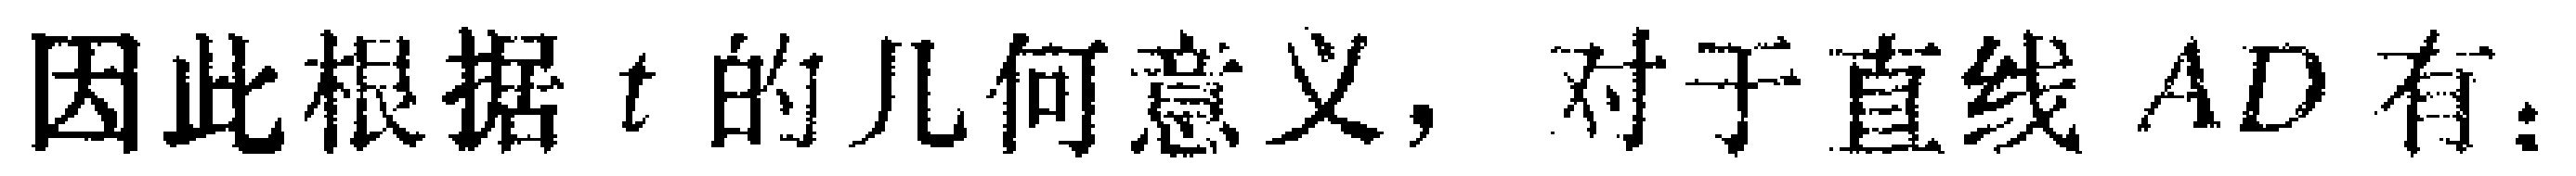
因此根据 \(t\) 的几何意义，对于直线 \(AD\) 有：